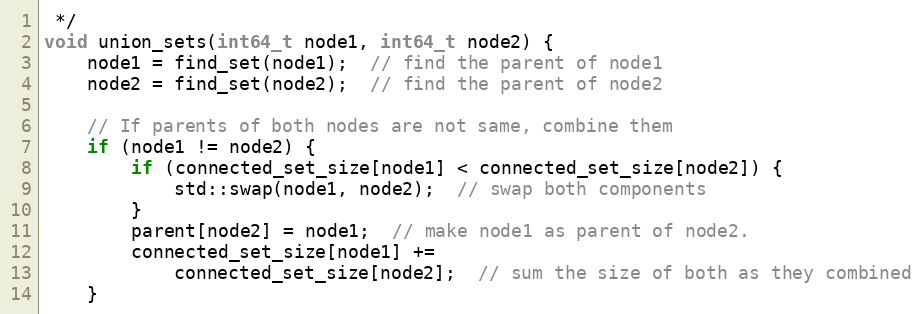
Language: C++
 */
void union_sets(int64_t node1, int64_t node2) {
    node1 = find_set(node1);  // find the parent of node1
    node2 = find_set(node2);  // find the parent of node2

    // If parents of both nodes are not same, combine them
    if (node1 != node2) {
        if (connected_set_size[node1] < connected_set_size[node2]) {
            std::swap(node1, node2);  // swap both components
        }
        parent[node2] = node1;  // make node1 as parent of node2.
        connected_set_size[node1] +=
            connected_set_size[node2];  // sum the size of both as they combined
    }